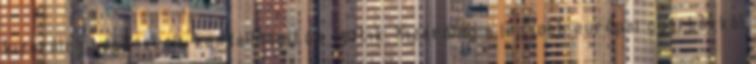
kizárólag tapasztalt kandallóépítők építik. Kizárólag a legjobb európai gyártókkal